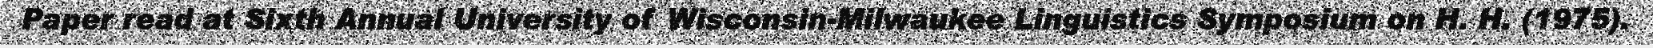
Paper read at Sixth Annual University of Wisconsin-Milwaukee Linguistics Symposium on H. H. (1975).